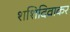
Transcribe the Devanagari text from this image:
शशिदिवाकर